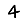
Digit: 4